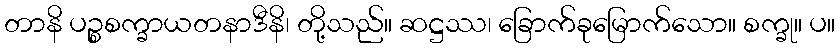
တာနိ ပဉ္စစက္ခာယတနာဒီနိ၊ တို့သည်။ ဆဋ္ဌဿ၊ ခြောက်ခုမြောက်သော။ စက္ခု။ ပ။